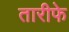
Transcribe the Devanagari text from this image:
तारीफे